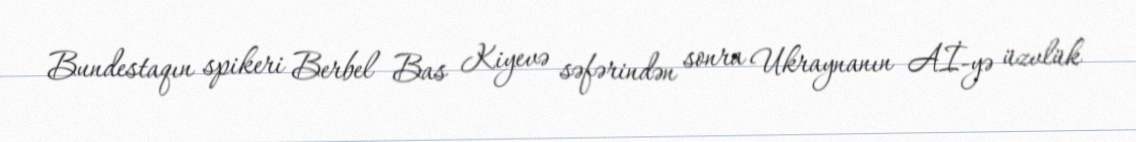
Bundestaqın spikeri Berbel Bas Kiyevə səfərindən sonra Ukraynanın Aİ-yə üzvlük